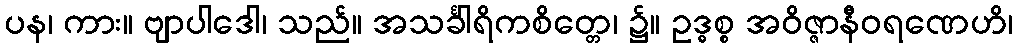
ပန၊ ကား။ ဗျာပါဒေါ၊ သည်။ အသင်္ခါရိကစိတ္တေ၊ ၌။ ဥဒ္ဓစ္စ အဝိဇ္ဇာနီဝရဏေဟိ၊